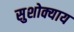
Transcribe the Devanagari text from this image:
सुशोक्याय